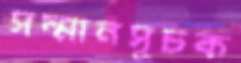
সম্মানসূচক